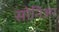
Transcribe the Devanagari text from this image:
सोनिअर